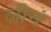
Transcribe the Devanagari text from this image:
लीनं